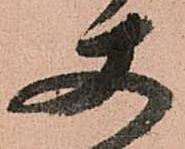
使